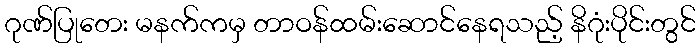
ဂုဏ်ပြုတေး မနက်ကမှ တာဝန်ထမ်းဆောင်နေရသည့် နိဂုံးပိုင်းတွင်